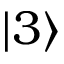
| 3 \rangle